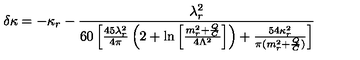
\delta \kappa = - \kappa _ { r } - \frac { \lambda _ { r } ^ { 2 } } { 6 0 \left[ \frac { 4 5 \lambda _ { r } ^ { 2 } } { 4 \pi } \left( 2 + \ln \left[ \frac { m _ { r } ^ { 2 } + \frac Q C } { 4 \Lambda ^ { 2 } } \right] \right) + \frac { 5 4 \kappa _ { r } ^ { 2 } } { \pi ( m _ { r } ^ { 2 } + \frac Q C ) } \right] }